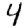
Digit: 4